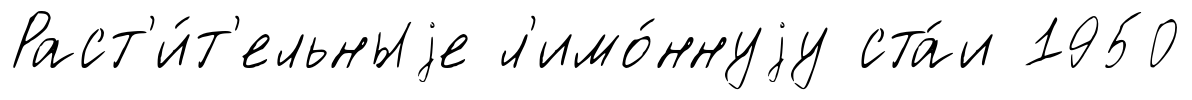
Раст'и́т'ельныjе л'имо́ннуjу ста́и 1950